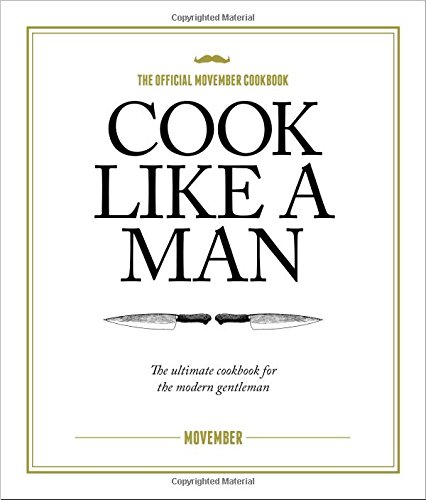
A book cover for Cook Like A Man; Movember; Cookbooks, Food & Wine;